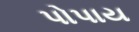
પોપાય